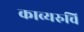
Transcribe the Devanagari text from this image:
काव्यरुचि